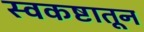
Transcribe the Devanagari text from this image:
स्वकष्टातून